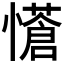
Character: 𭟇